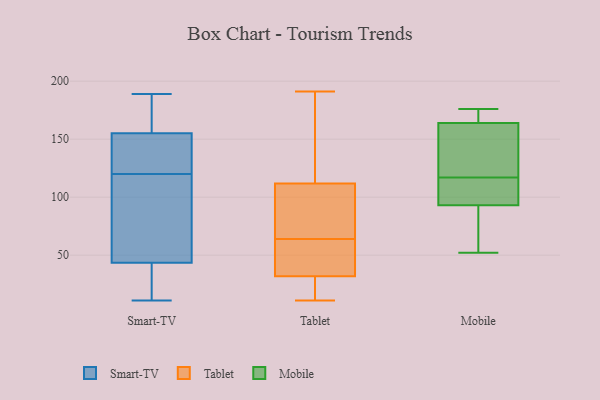
{"axis": {"x": "Churn Rate (%)", "y": "Value"}, "legend": ["Mobile", "Smart-TV", "Tablet"], "data": [{"x": "", "y": 21, "type": "Smart-TV"}, {"x": "", "y": 111, "type": "Smart-TV"}, {"x": "", "y": 98, "type": "Smart-TV"}, {"x": "", "y": 159, "type": "Smart-TV"}, {"x": "", "y": 19, "type": "Smart-TV"}, {"x": "", "y": 162, "type": "Smart-TV"}, {"x": "", "y": 189, "type": "Smart-TV"}, {"x": "", "y": 165, "type": "Smart-TV"}, {"x": "", "y": 39, "type": "Smart-TV"}, {"x": "", "y": 68, "type": "Smart-TV"}, {"x": "", "y": 149, "type": "Smart-TV"}, {"x": "", "y": 128, "type": "Smart-TV"}, {"x": "", "y": 148, "type": "Smart-TV"}, {"x": "", "y": 151, "type": "Smart-TV"}, {"x": "", "y": 148, "type": "Smart-TV"}, {"x": "", "y": 11, "type": "Smart-TV"}, {"x": "", "y": 41, "type": "Smart-TV"}, {"x": "", "y": 46, "type": "Smart-TV"}, {"x": "", "y": 160, "type": "Smart-TV"}, {"x": "", "y": 112, "type": "Smart-TV"}, {"x": "", "y": 102, "type": "Tablet"}, {"x": "", "y": 37, "type": "Tablet"}, {"x": "", "y": 191, "type": "Tablet"}, {"x": "", "y": 25, "type": "Tablet"}, {"x": "", "y": 64, "type": "Tablet"}, {"x": "", "y": 69, "type": "Tablet"}, {"x": "", "y": 54, "type": "Tablet"}, {"x": "", "y": 115, "type": "Tablet"}, {"x": "", "y": 30, "type": "Tablet"}, {"x": "", "y": 123, "type": "Tablet"}, {"x": "", "y": 11, "type": "Tablet"}, {"x": "", "y": 97, "type": "Mobile"}, {"x": "", "y": 60, "type": "Mobile"}, {"x": "", "y": 167, "type": "Mobile"}, {"x": "", "y": 163, "type": "Mobile"}, {"x": "", "y": 105, "type": "Mobile"}, {"x": "", "y": 104, "type": "Mobile"}, {"x": "", "y": 132, "type": "Mobile"}, {"x": "", "y": 115, "type": "Mobile"}, {"x": "", "y": 176, "type": "Mobile"}, {"x": "", "y": 79, "type": "Mobile"}, {"x": "", "y": 54, "type": "Mobile"}, {"x": "", "y": 167, "type": "Mobile"}, {"x": "", "y": 93, "type": "Mobile"}, {"x": "", "y": 164, "type": "Mobile"}, {"x": "", "y": 176, "type": "Mobile"}, {"x": "", "y": 158, "type": "Mobile"}, {"x": "", "y": 119, "type": "Mobile"}, {"x": "", "y": 52, "type": "Mobile"}]}